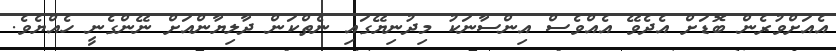
އެއަށްވުރެން ބޮޑަށް އެދެވޭ އެއްވެސް އިންސާނަކު މިދުނިޔޭގައި ނެތްކަން ދާލިޔާންއަށް ނޭންގެނީ ހެއްޔެވެ.